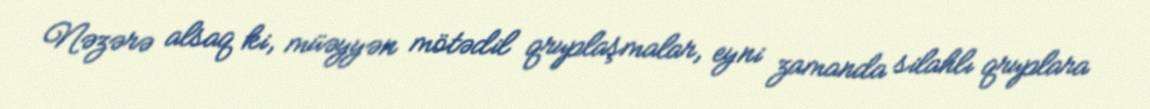
Nəzərə alsaq ki, müəyyən mötədil qruplaşmalar, eyni zamanda silahlı qruplara